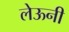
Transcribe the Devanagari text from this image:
लेऊनी